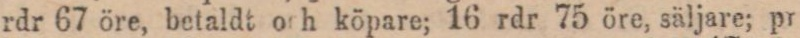
rdr 67 öre, betaldt och köpare; 16 rdr 75 öre, säljare; pr